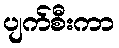
ပျက်စီးကာ